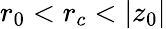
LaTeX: r_{0}<r_{c}<|z_{0}|